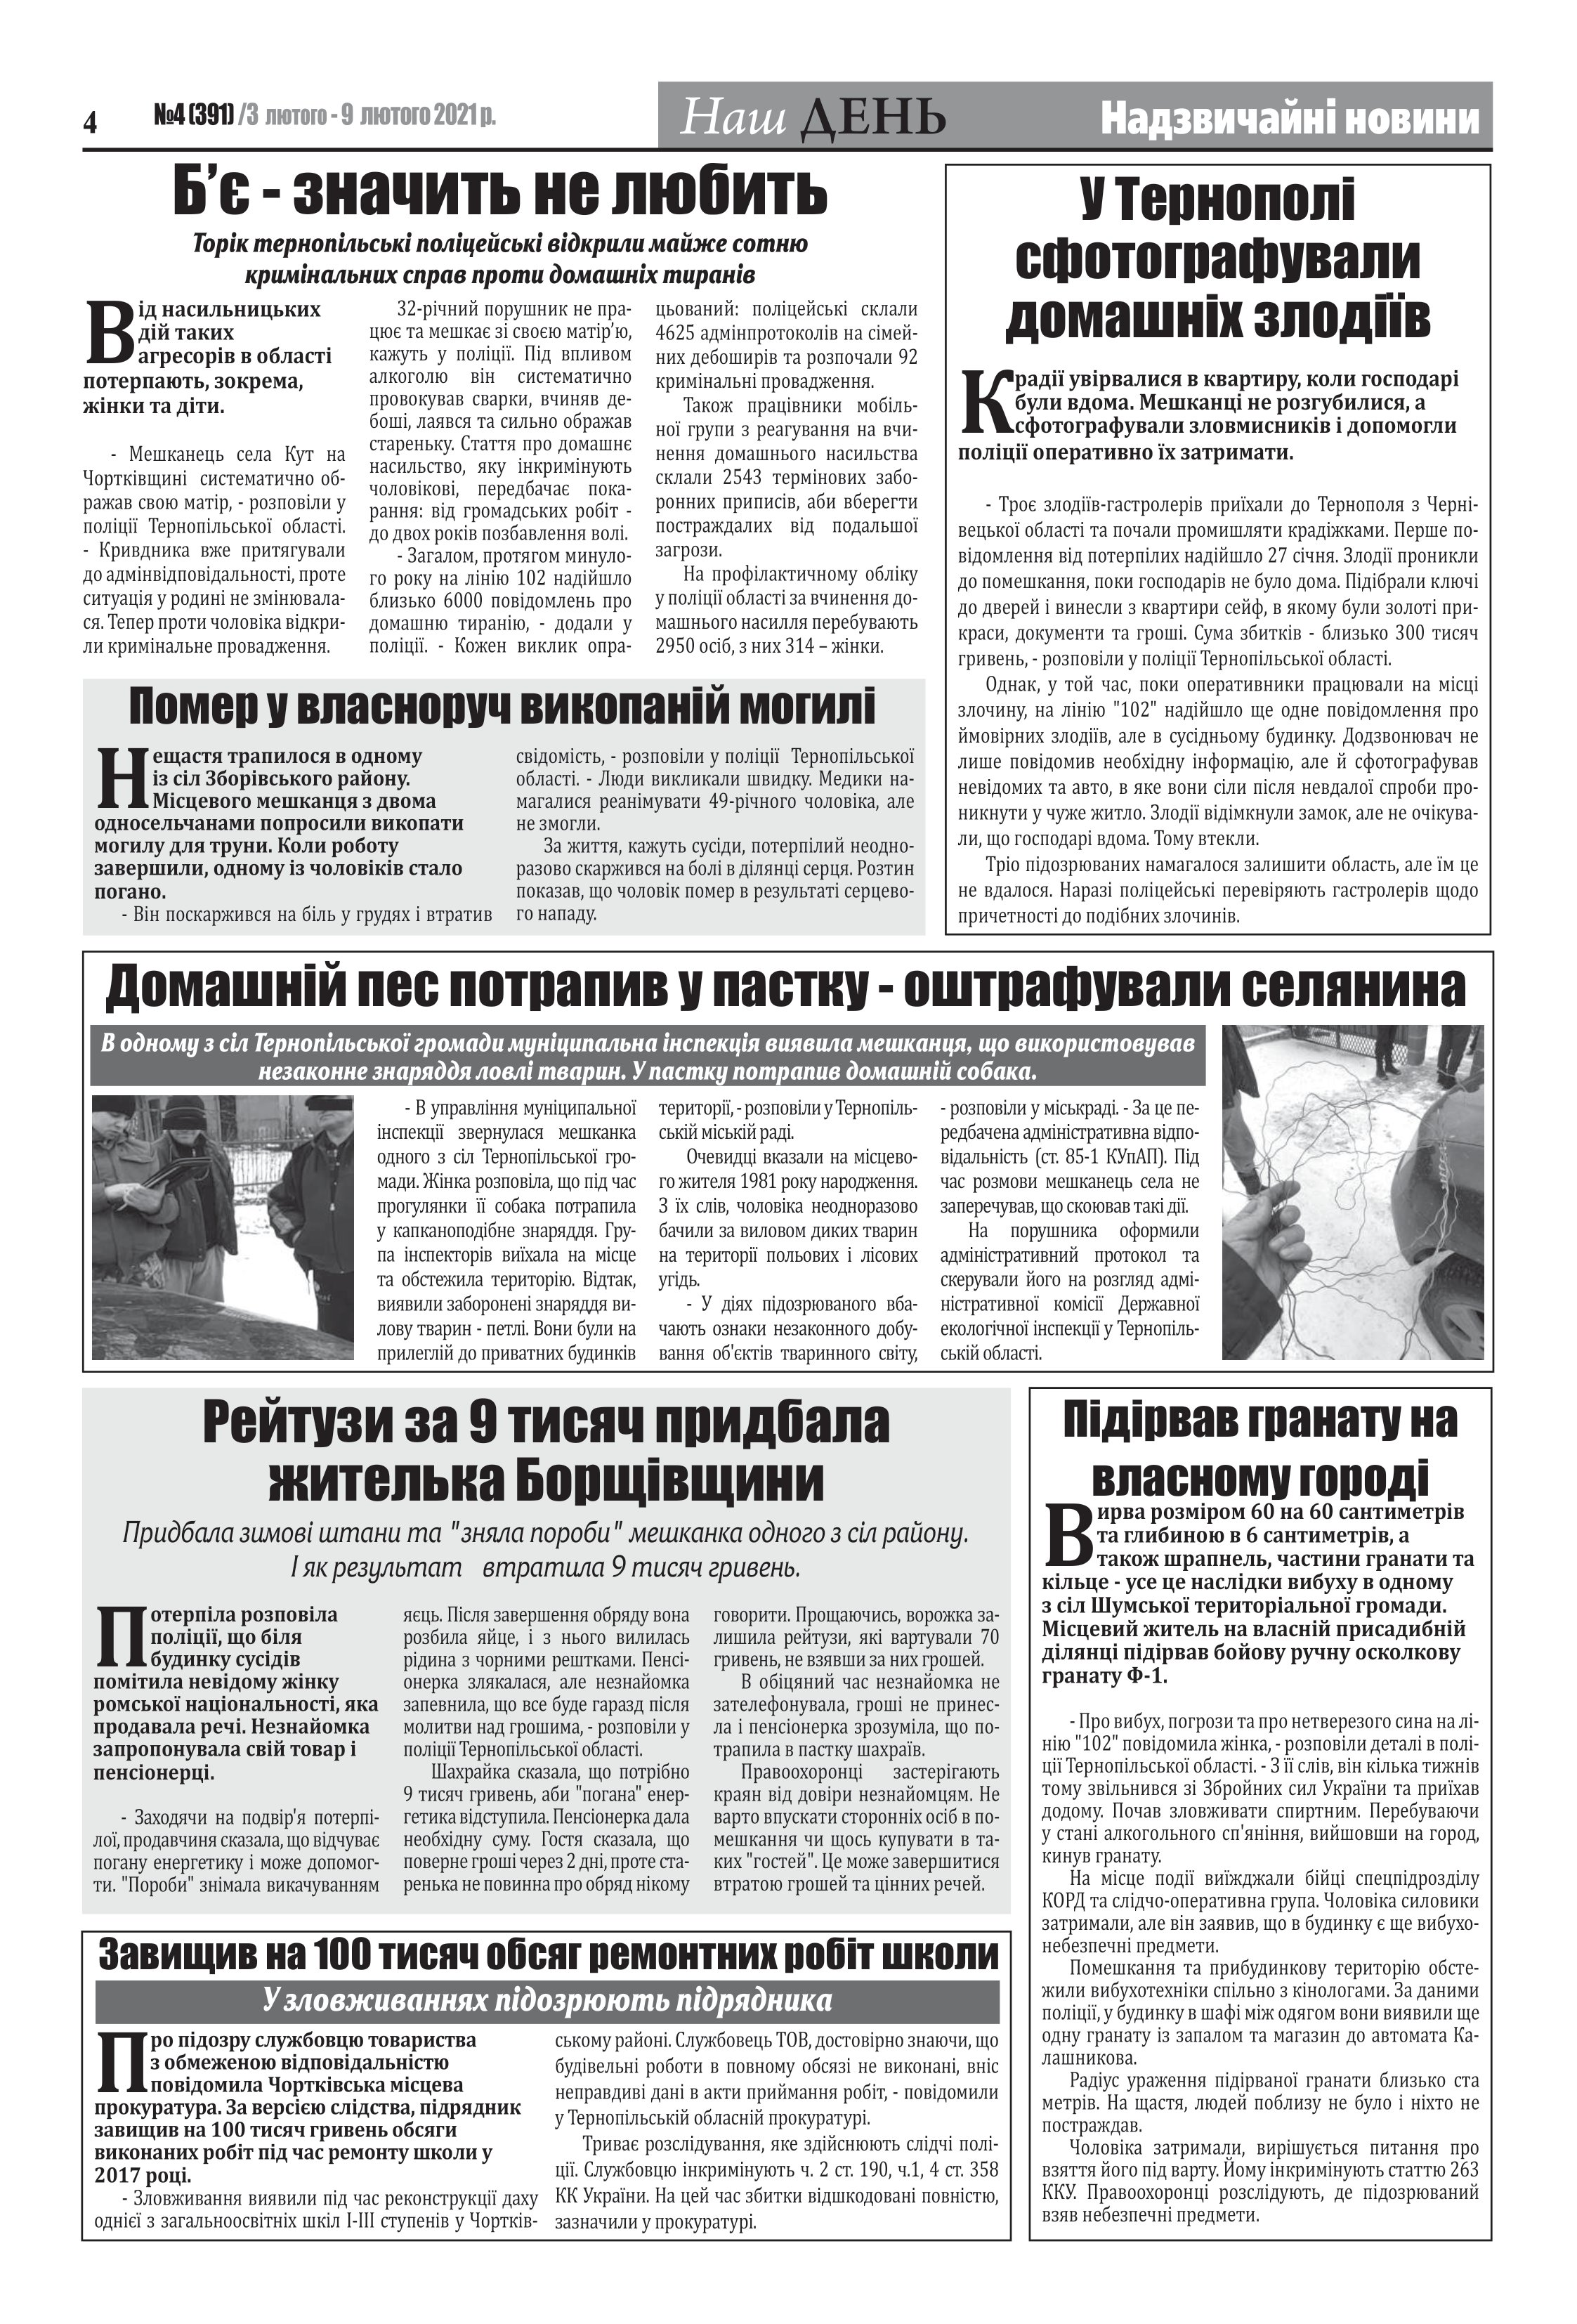
Language: uk